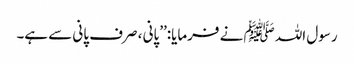
رسول اللہ ﷺ نے فرمایا:’’پانی ، صرف پانی سے ہے۔